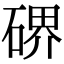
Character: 𥔅